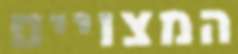
המצויים